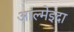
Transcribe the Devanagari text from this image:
आल्मेइदा